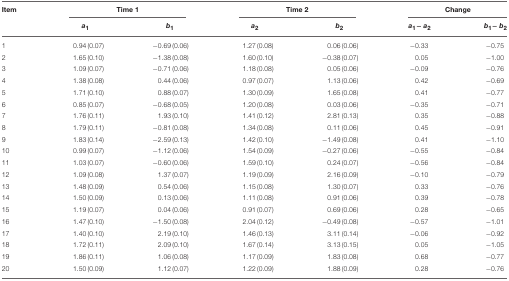
<table><thead><tr><td><b>Item</b></td><td colspan="2"><b>Time 1</b></td><td colspan="2"><b>Time 2</b></td><td colspan="2"><b>Change</b></td></tr><tr><td></td><td><b><i>a</i><sub>1</sub></b></td><td><b><i>b</i><sub>1</sub></b></td><td><b><i>a</i><sub>2</sub></b></td><td><b><i>b</i><sub>2</sub></b></td><td><b><i>a</i><sub>1</sub> − <i>a</i><sub>2</sub></b></td><td><b><i>b</i><sub>1</sub> − <i>b</i><sub>2</sub></b></td></tr></thead><tbody><tr><td>1</td><td>0.94 (0.07)</td><td>−0.69 (0.06)</td><td>1.27 (0.08)</td><td>0.06 (0.06)</td><td>−0.33</td><td>−0.75</td></tr><tr><td>2</td><td>1.65 (0.10)</td><td>−1.38 (0.08)</td><td>1.60 (0.10)</td><td>−0.38 (0.07)</td><td>0.05</td><td>−1.00</td></tr><tr><td>3</td><td>1.09 (0.07)</td><td>−0.71 (0.06)</td><td>1.18 (0.08)</td><td>0.05 (0.06)</td><td>−0.09</td><td>−0.76</td></tr><tr><td>4</td><td>1.38 (0.08)</td><td>0.44 (0.06)</td><td>0.97 (0.07)</td><td>1.13 (0.06)</td><td>0.42</td><td>−0.69</td></tr><tr><td>5</td><td>1.71 (0.10)</td><td>0.88 (0.07)</td><td>1.30 (0.09)</td><td>1.65 (0.08)</td><td>0.41</td><td>−0.77</td></tr><tr><td>6</td><td>0.85 (0.07)</td><td>−0.68 (0.05)</td><td>1.20 (0.08)</td><td>0.03 (0.06)</td><td>−0.35</td><td>−0.71</td></tr><tr><td>7</td><td>1.76 (0.11)</td><td>1.93 (0.10)</td><td>1.41 (0.12)</td><td>2.81 (0.13)</td><td>0.35</td><td>−0.88</td></tr><tr><td>8</td><td>1.79 (0.11)</td><td>−0.81 (0.08)</td><td>1.34 (0.08)</td><td>0.11 (0.06)</td><td>0.45</td><td>−0.91</td></tr><tr><td>9</td><td>1.83 (0.14)</td><td>−2.59 (0.13)</td><td>1.42 (0.10)</td><td>−1.49 (0.08)</td><td>0.41</td><td>−1.10</td></tr><tr><td>10</td><td>0.99 (0.07)</td><td>−1.12 (0.06)</td><td>1.54 (0.09)</td><td>−0.27 (0.06)</td><td>−0.55</td><td>−0.84</td></tr><tr><td>11</td><td>1.03 (0.07)</td><td>−0.60 (0.06)</td><td>1.59 (0.10)</td><td>0.24 (0.07)</td><td>−0.56</td><td>−0.84</td></tr><tr><td>12</td><td>1.09 (0.08)</td><td>1.37 (0.07)</td><td>1.19 (0.09)</td><td>2.16 (0.09)</td><td>−0.10</td><td>−0.79</td></tr><tr><td>13</td><td>1.48 (0.09)</td><td>0.54 (0.06)</td><td>1.15 (0.08)</td><td>1.30 (0.07)</td><td>0.33</td><td>−0.76</td></tr><tr><td>14</td><td>1.50 (0.09)</td><td>0.13 (0.06)</td><td>1.11 (0.08)</td><td>0.91 (0.06)</td><td>0.39</td><td>−0.78</td></tr><tr><td>15</td><td>1.19 (0.07)</td><td>0.04 (0.06)</td><td>0.91 (0.07)</td><td>0.69 (0.06)</td><td>0.28</td><td>−0.65</td></tr><tr><td>16</td><td>1.47 (0.10)</td><td>−1.50 (0.08)</td><td>2.04 (0.12)</td><td>−0.49 (0.08)</td><td>−0.57</td><td>−1.01</td></tr><tr><td>17</td><td>1.40 (0.10)</td><td>2.19 (0.10)</td><td>1.46 (0.13)</td><td>3.11 (0.14)</td><td>−0.06</td><td>−0.92</td></tr><tr><td>18</td><td>1.72 (0.11)</td><td>2.09 (0.10)</td><td>1.67 (0.14)</td><td>3.13 (0.15)</td><td>0.05</td><td>−1.05</td></tr><tr><td>19</td><td>1.86 (0.11)</td><td>1.06 (0.08)</td><td>1.17 (0.09)</td><td>1.83 (0.08)</td><td>0.68</td><td>−0.77</td></tr><tr><td>20</td><td>1.50 (0.09)</td><td>1.12 (0.07)</td><td>1.22 (0.09)</td><td>1.88 (0.09)</td><td>0.28</td><td>−0.76</td></tr></tbody></table>